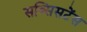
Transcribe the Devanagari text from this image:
सब्सिसटेंस